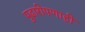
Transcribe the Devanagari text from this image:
पुढारीपणाही